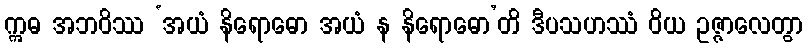
ဣဓ အဘဝိဿ ‘အယံ နိရောဓော အယံ န နိရောဓော’တိ ဒီပသဟဿံ ဝိယ ဥဇ္ဇာလေတွာ